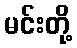
မင်းတို့